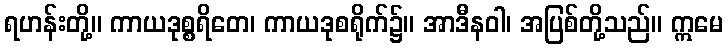
ရဟန်းတို့။ ကာယဒုစ္စရိတေ၊ ကာယဒုစရိုက်၌။ အာဒီနဝါ၊ အပြစ်တို့သည်။ ဣမေ